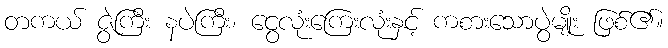
တကယ် ဇွဲကြီး နပဲကြီး၊ ငွေလုံးကြေးလုံးနှင့် ကစားသောပွဲမျိုး ဖြစ်၏။